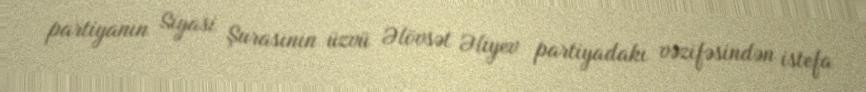
partiyanın Siyasi Şurasının üzvü Əlövsət Əliyev partiyadakı vəzifəsindən istefa